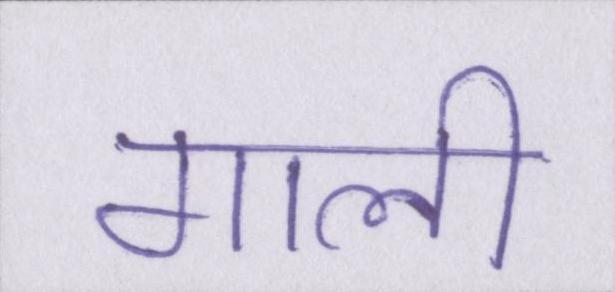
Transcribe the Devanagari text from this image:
गाली